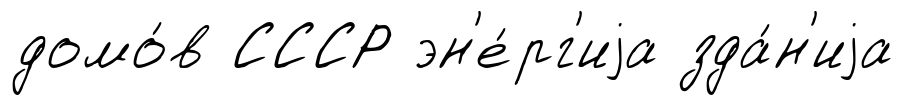
домо́в СССР эн'е́рг'иjа зда́н'иjа